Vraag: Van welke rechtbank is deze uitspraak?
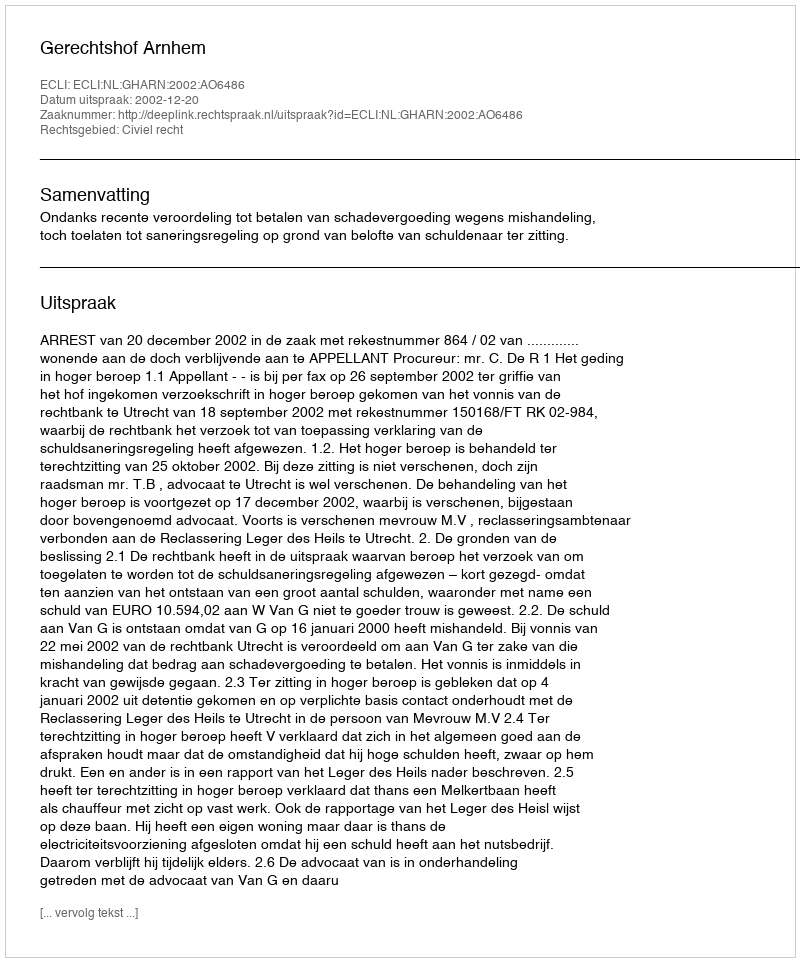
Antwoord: Gerechtshof Arnhem